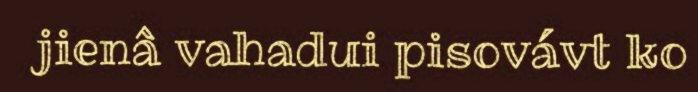
jienâ vahadui pisovávt ko